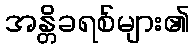
အန္တိခရစ်များ၏